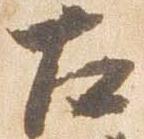
左